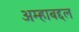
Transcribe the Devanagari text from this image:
अम्हाबद्दल